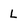
Character: L